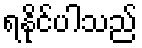
ရနိုင်ပါသည်